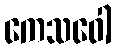
ကေသဝေါ